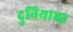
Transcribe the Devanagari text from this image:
दुनियाभऱ